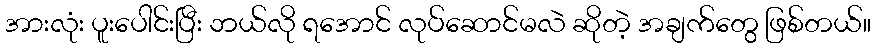
အားလုံး ပူးပေါင်းပြီး ဘယ်လို ရအောင် လုပ်ဆောင်မလဲ ဆိုတဲ့ အချက်တွေ ဖြစ်တယ်။